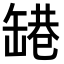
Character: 𬙑